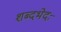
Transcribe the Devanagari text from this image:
शब्दभेदः